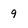
Character: 9